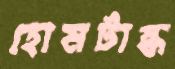
হোমটাস্ক